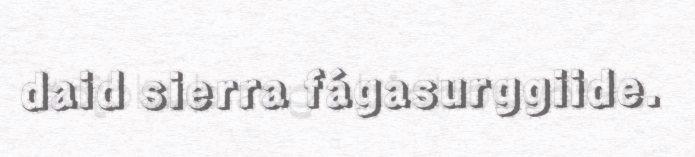
daid sierra fágasurggiide.